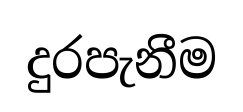
දුරපැනීම